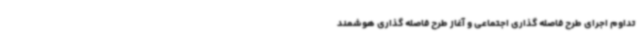
تداوم اجرای طرح فاصله گذاری اجتماعی و آغاز طرح فاصله گذاری هوشمند